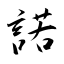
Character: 諾